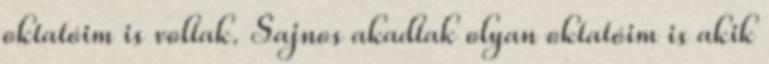
oktatóim is voltak. Sajnos akadtak olyan oktatóim is akik